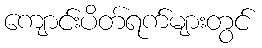
ကျောင်းပိတ်ရက်များတွင်